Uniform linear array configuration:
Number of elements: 48
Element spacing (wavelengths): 0.25
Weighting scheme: kaiser
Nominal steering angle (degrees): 30
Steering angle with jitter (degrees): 28.374
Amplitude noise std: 0.05
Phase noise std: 0.05

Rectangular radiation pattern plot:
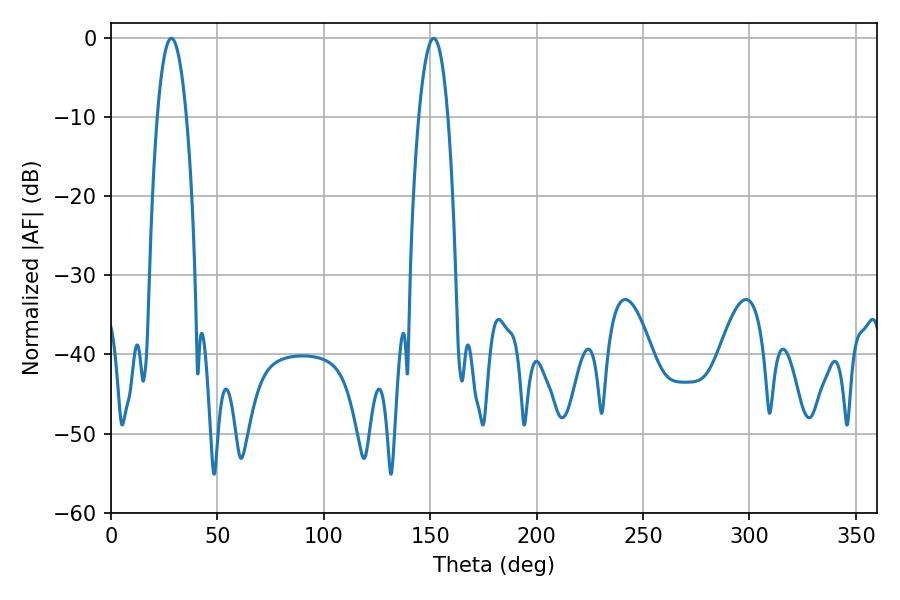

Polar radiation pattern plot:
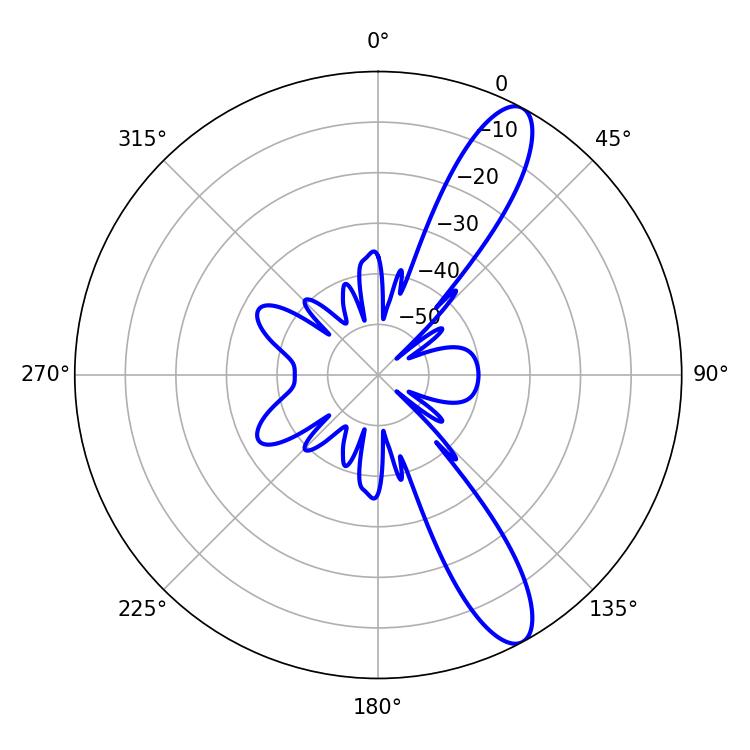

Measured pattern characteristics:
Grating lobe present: FALSE
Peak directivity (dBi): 11.703
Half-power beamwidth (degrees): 7.56
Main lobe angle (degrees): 28.44